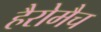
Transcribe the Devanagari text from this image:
हैरोमैच